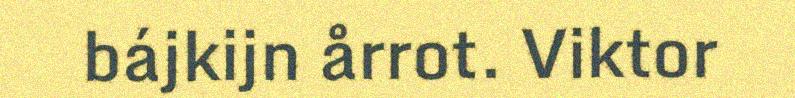
bájkijn årrot. Viktor